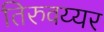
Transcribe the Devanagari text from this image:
तिरुवय्यर